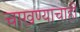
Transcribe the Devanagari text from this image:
चाखण्याचाही